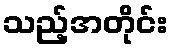
သည့်အတိုင်း